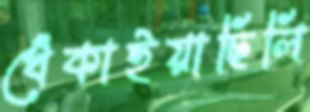
খেঁকাইয়াছিলি